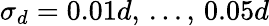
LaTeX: \sigma_{d}=0.01d,\, ...,\, 0.05d